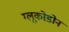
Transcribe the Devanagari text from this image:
ग्लूकोडोन